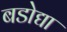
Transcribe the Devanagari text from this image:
बडोद्या